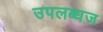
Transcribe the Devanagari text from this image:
उपलब्धज